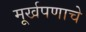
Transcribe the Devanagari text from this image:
मूर्खपणाचे